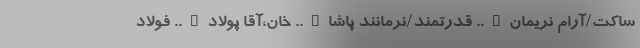
ساکت/آرام نریمان….. قدرتمند/نرمانند پاشا….. خان،آقا پولاد….. فولاد